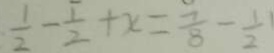
\frac { 1 } { 2 } - \frac { 1 } { 2 } + x = \frac { 7 } { 8 } - \frac { 1 } { 2 }